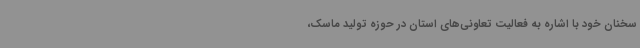
سخنان خود با اشاره به فعالیت تعاونی‌های استان در حوزه تولید ماسک،